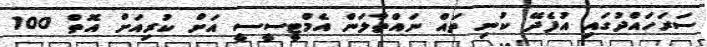
ސަރަހައްދުގައި އުފެދޭ ކުނި ތައް ނައްތާލަން އެމްޓީސީސީ އަށް ކުރިއަށް އޮތް 100